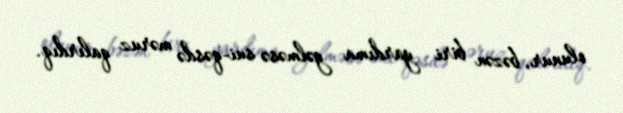
olunur, bəzən biri yardıma gəlməsə sui-qəsdə məruz qalırdıq.